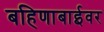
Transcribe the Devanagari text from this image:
बहिणाबाईवर